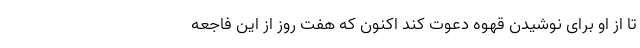
تا از او برای نوشیدن قهوه دعوت کند اکنون که هفت روز از این فاجعه